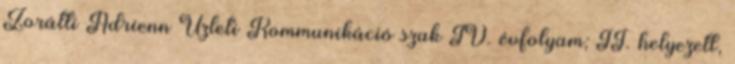
Zorátti Adrienn Üzleti Kommunikáció szak IV. évfolyam; II. helyezett,